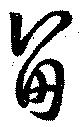
留